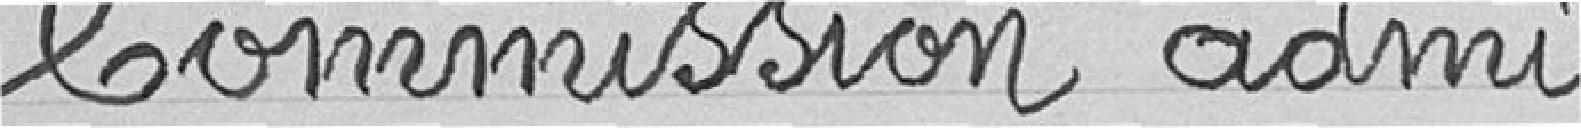
Commission admi